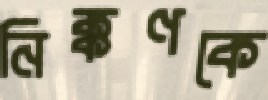
নিক্কণকে